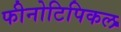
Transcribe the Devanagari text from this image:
फीनोटिपिकल